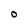
Character: o